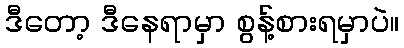
ဒီတော့ ဒီနေရာမှာ စွန့်စားရမှာပဲ။